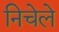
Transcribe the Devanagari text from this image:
निचेले